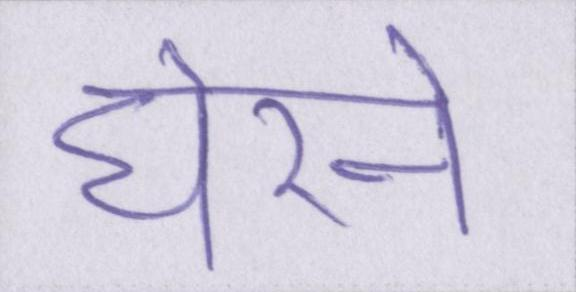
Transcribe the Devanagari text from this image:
घेरने